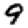
Digit: 9